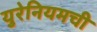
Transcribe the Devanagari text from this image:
युरेनियमची